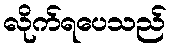
လိုက်ရပေသည်